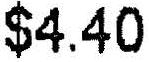
$4.40